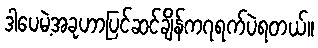
ဒါပေမဲ့အခုဟာပြင်ဆင်ချိန်က၇ရက်ပဲရတယ်။